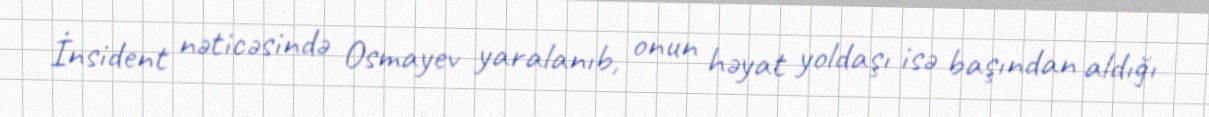
İnsident nəticəsində Osmayev yaralanıb, onun həyat yoldaşı isə başından aldığı